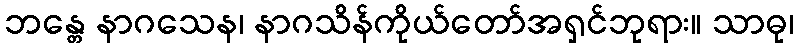
ဘန္တေ နာဂသေန၊ နာဂသိန်ကိုယ်တော်အရှင်ဘုရား။ သာဓု၊